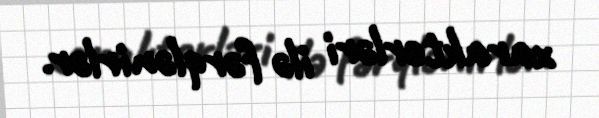
xarakterləri ilə fərqlənirlər.